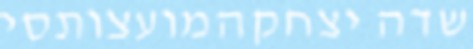
שדה יצחקהמועצותסי